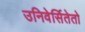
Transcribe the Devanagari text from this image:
उनिवेर्सितेतो